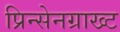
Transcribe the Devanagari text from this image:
प्रिन्सेनग्राख्ट